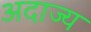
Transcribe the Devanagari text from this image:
अदाज्य